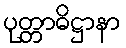
ပုတ္တာဓိဋ္ဌာနာ